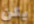
يكن